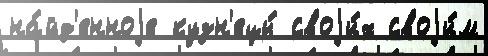
на́йд'енноjе кузн'ецы́ своjи́х своjи́м